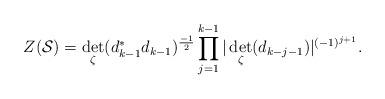
LaTeX: \begin{align*}Z({\cal S})=\det_\zeta (d_{k-1}^*d_{k-1})^{\frac{-1}{2}}\prod_{j=1}^{k-1}\vert \det_\zeta (d_{k-j-1}) \vert ^{(-1)^{j+1}}.\end{align*}